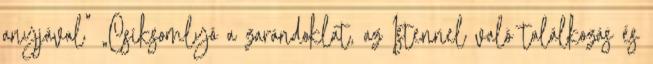
anyjával” „Csíksomlyó a zarándoklat, az Istennel való találkozás és